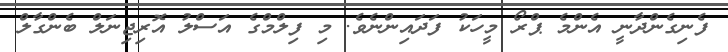
ފެނިގެންދާނީ އެންމެ ޕްރޯ މީހަކު ފަދައިންނެވެ. މި ފިލްމްގެ އަސްލު އޮރިޖިނަލް ބެންގާލް